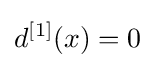
d^{[1]}(x)=0